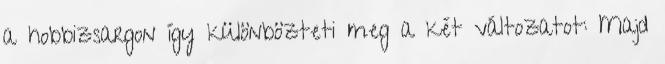
a hobbizsargon így különbözteti meg a két változatot: Majd